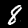
Digit: 8